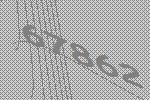
67862